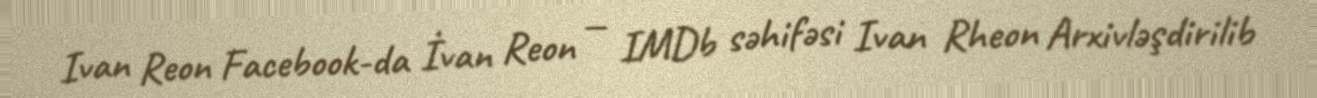
Ivan Reon Facebook-da İvan Reon — IMDb səhifəsi Ivan Rheon Arxivləşdirilib